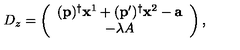
D _ { z } = \left( \begin{array} { c } { ( \mathbf { p } ) ^ { \dagger } \mathbf { x } ^ { 1 } + ( \mathbf { p } ^ { \prime } ) ^ { \dagger } \mathbf { x } ^ { 2 } - \mathbf { a } } \\ { - \lambda A } \\ \end{array} \right) ,